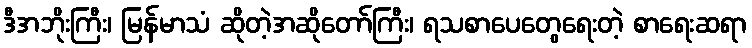
ဒီအဘိုးကြီး၊ မြန်မာသံ ဆိုတဲ့အဆိုတော်ကြီး၊ ရသစာပေတွေရေးတဲ့ စာရေးဆရာ